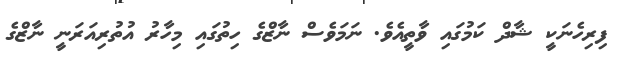
ފިރިހެނަކީ ޝާދް ކަމުގައި ވާތީއެވެ. ނަމަވެސް ނާޒްގެ ހިތުގައި މިހާރު އުތުރިއަރަނީ ނާޒްގެ